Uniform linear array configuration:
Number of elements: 12
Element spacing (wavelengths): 0.75
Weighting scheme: binomial
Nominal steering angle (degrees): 30
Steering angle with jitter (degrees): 28.267
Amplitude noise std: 0.05
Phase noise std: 0.05

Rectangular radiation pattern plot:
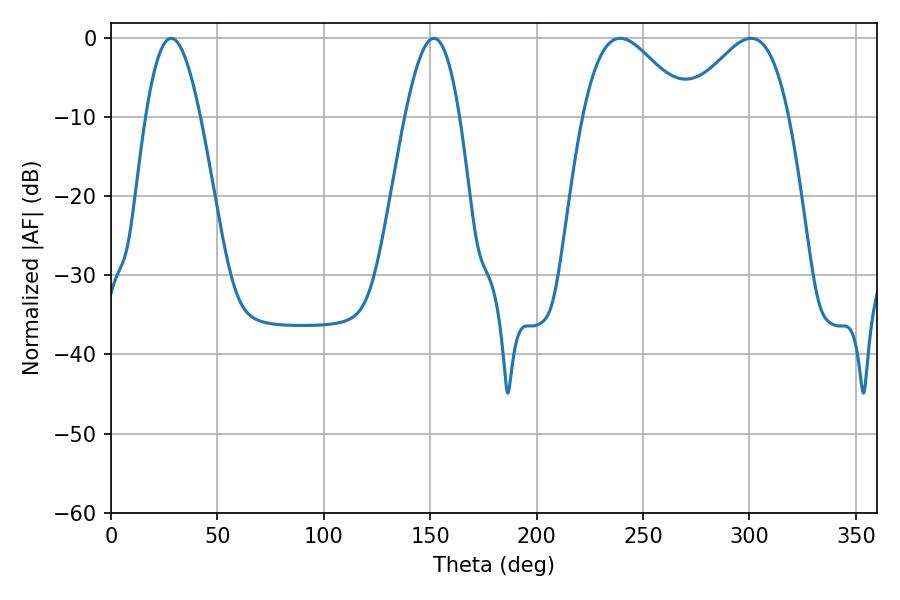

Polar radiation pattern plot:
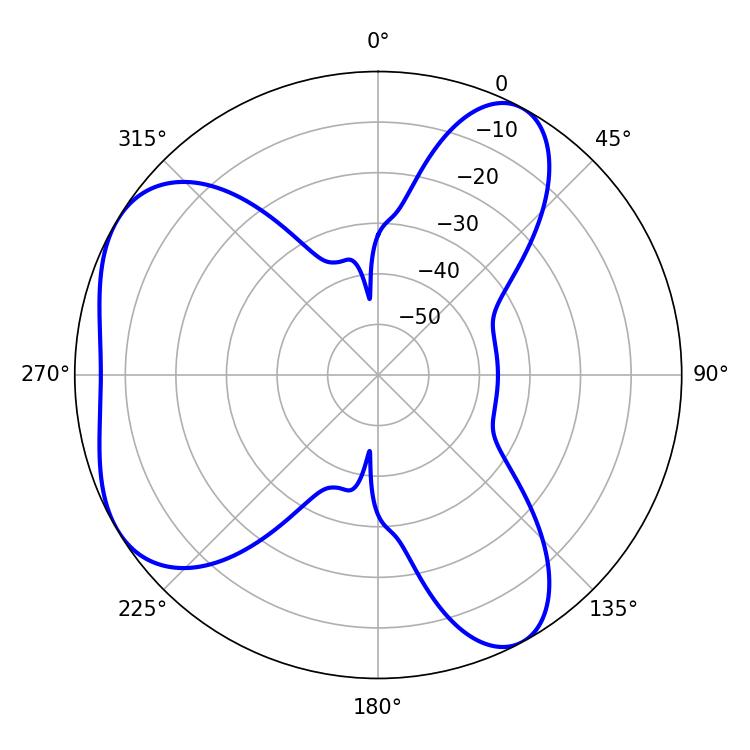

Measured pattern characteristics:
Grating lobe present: TRUE
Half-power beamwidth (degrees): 13.86
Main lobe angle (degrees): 28.26